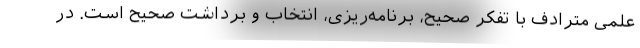
علمی مترادف با تفکر صحیح، برنامه‌ریزی، انتخاب و برداشت صحیح است. در